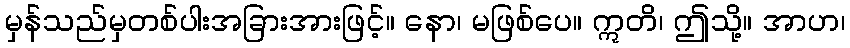
မှန်သည်မှတစ်ပါးအခြားအားဖြင့်။ နော၊ မဖြစ်ပေ။ ဣတိ၊ ဤသို့။ အာဟ၊